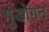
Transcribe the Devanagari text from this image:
गुंडोगन